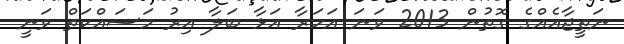
ނަތީޖާއެއްގެ ގޮތުން 2013 ވަނަ އަހަރާ އަޅާ ބަލާ އިރު މަސައްކަތް ވަނީ